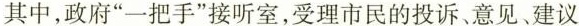
其中，政府”一把手”接听室，受理市民的投诉、意见、建议